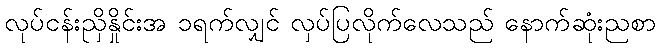
လုပ်ငန်းညှိနှိုင်းအ ၁ရက်လျှင် လှပ်ပြလိုက်လေသည် နောက်ဆုံးညစာ